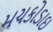
મચકોડાઇ